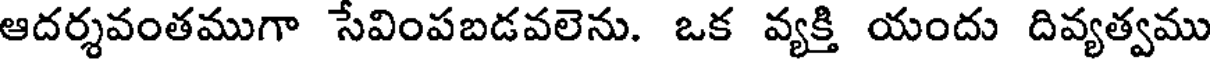
ఆదర్శవంతముగా సేవింపబడవలెను. ఒక వ్యక్తి యందు దివ్యత్వము